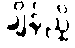
ချိန်ညှိ